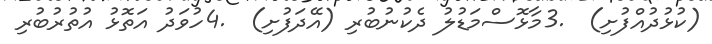
(ކުޅުދުއްފުށި)  .3މާޅޮސްމަޑުލު ދެކުނުބުރި (އޭދަފުށި)  .4ހުވަދު އަތޮޅު އުތުރުބުރި